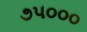
૭૫૦૦૦